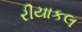
રીયાકલ